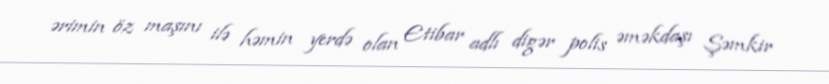
ərimin öz maşını ilə həmin yerdə olan Etibar adlı digər polis əməkdaşı Şəmkir